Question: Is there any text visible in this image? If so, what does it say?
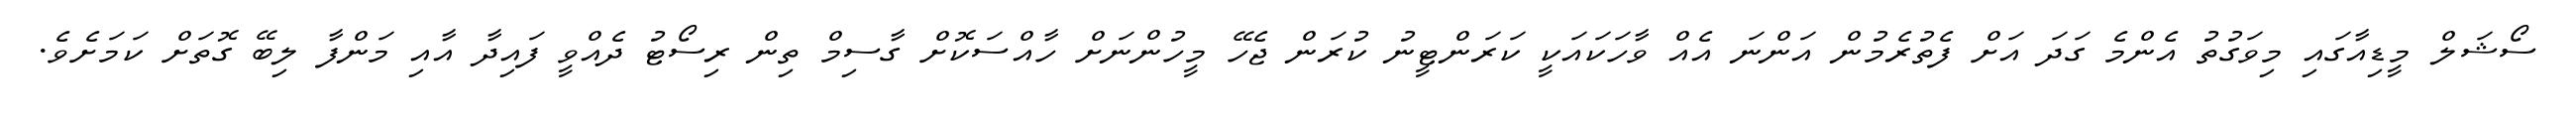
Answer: ސޯޝަލް މީޑިއާގައި މިވަގުތު އެންމެ ގަދަ އަށް ފެތުރެމުން އަންނަ އެއް ވާހަކައަކީ ކަރަންޓީނު ކުރަން ޖެހޭ މީހުންނަށް ހާއްސަކޮށް ގާސިމް ތިން ރިސޯޓު ދެއްވީ ފައިދާ އާއި މަންފާ ލިބޭ ގޮތަށް ކަމަށެވެ.